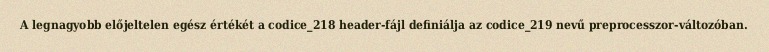
A legnagyobb előjeltelen egész értékét a codice_218 header-fájl definiálja az codice_219 nevű preprocesszor-változóban.